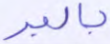
بالبر